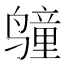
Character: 𲎆